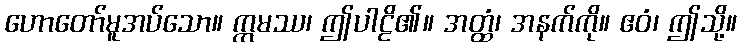
ဟောတော်မူအပ်သော။ ဣမဿ၊ ဤပါဠိ၏။ အတ္ထံ၊ အနက်ကို။ ဧဝံ၊ ဤသို့။